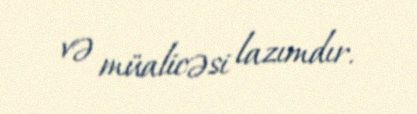
və müalicəsi lazımdır.